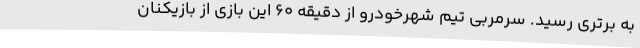
به برتری رسید. سرمربی تیم شهرخودرو از دقیقه 60 این بازی از بازیکنان